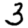
Digit: 3